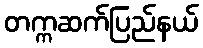
တက္ကဆက်ပြည်နယ်